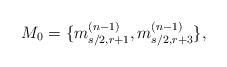
LaTeX: \begin{align*}M_0=\{m_{s/2, r+1}^{(n-1)}, m_{s/2, r+3}^{(n-1)}\},\end{align*}